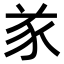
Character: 㒸